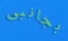
بجانبى